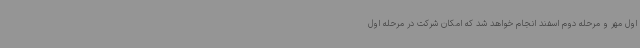
اول مهر و مرحله دوم اسفند انجام خواهد شد که امکان شرکت در مرحله اول